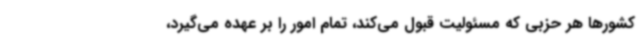
کشورها هر حزبی که مسئولیت قبول می‌کند، تمام امور را بر عهده می‌گیرد،